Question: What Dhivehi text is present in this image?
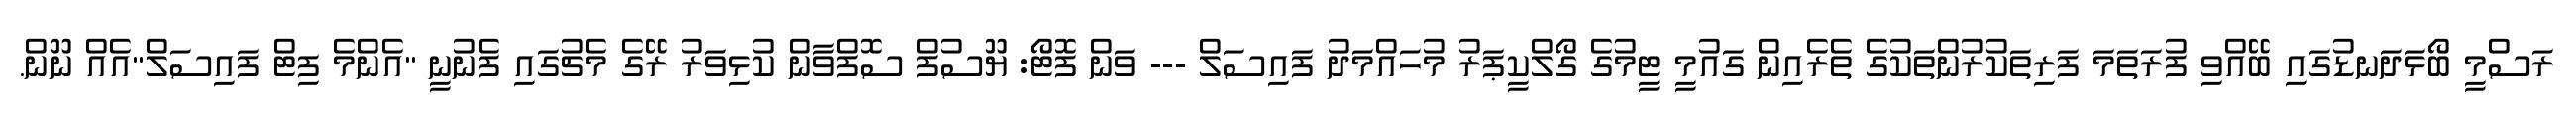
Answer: ރަސްމީ ބޯޅަދަނޑުގައި ބޭއްވި ފުރަތަމަ ފަރިތަކުރުންތަކުގެ ތެރެއިން ގައުމީ ޓީމުގެ ގޯލްކީޕަރު މުހައްމަދު ފައިސަލް --- ވަން ފޮޓޯ: ޔޫސުފް ސޮފްވާން ކުޅިވަރު ރޭގެ މެޗުގައި ފެނުނީ "އެންމެ ފިޓް ފައިސަލް"އެއް ނޫން.